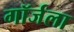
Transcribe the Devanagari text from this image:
गॉर्जला